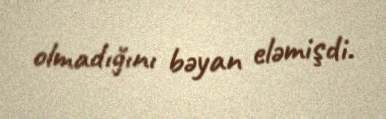
olmadığını bəyan eləmişdi.